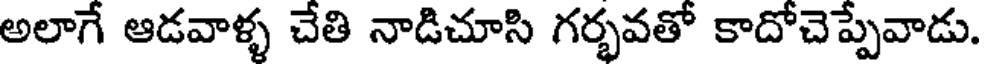
అలాగే ఆడవాళ్ళ చేతి నాడిచూసి గర్భవతో కాదోచెప్పేవాడు.